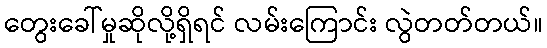
တွေးခေါ်မှုဆိုလို့ရှိရင် လမ်းကြောင်း လွဲတတ်တယ်။